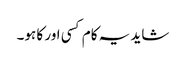
شاید یہ کام کسی اور کا ہو۔